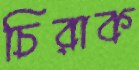
চিরাক